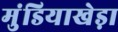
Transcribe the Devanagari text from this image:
मुंडियाखेड़ा